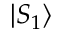
| S _ { 1 } \rangle